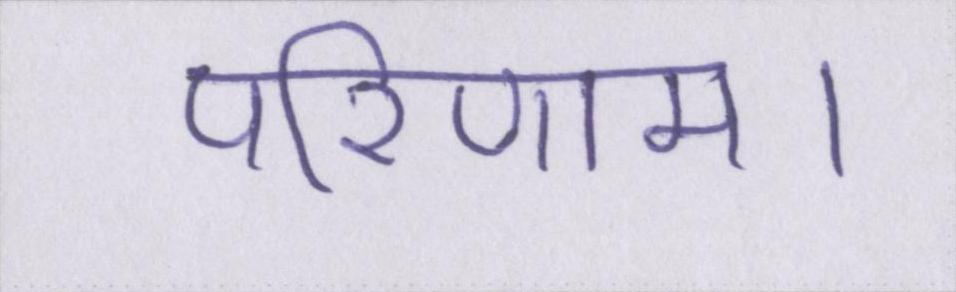
परिणाम।